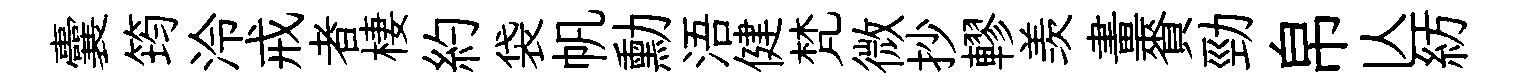
囊筠泠戒者棲約袋帆勳浯健梵微抄轇羡畫賚勁帛亾紡